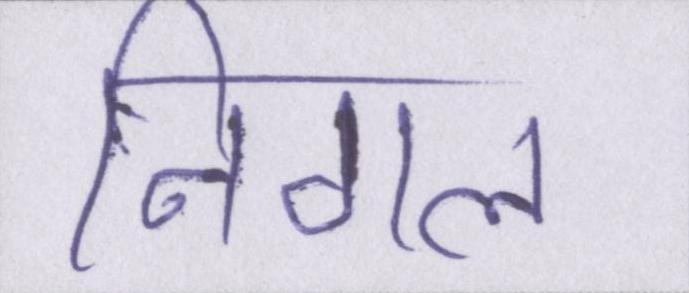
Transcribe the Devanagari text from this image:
निगल